Calcutta medical institutions reports 1871-78
Year: 1871
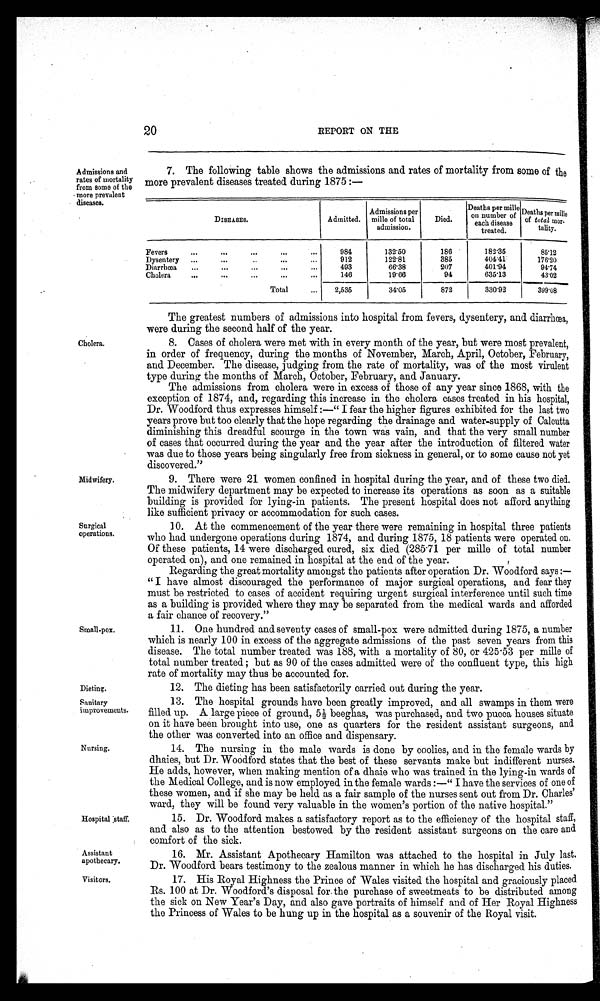
Hospital staff.
Assistant
apothecary.
Visitors.
20
REPORT ON THE
Admissions and
rates of mortality
from some of the
more prevalent
diseases.
Cholera.
Midwifery.
Surgical
operations.
Small-pox.
7. The following table shows the admissions and rates of mortality from some of the
more prevalent diseases treated during 1875:—
DISEASES.
Admitted.
Admissions per
mille of total
admission.
Died.
Deaths per mille
on number of
each diseas
e treated.
Deaths per mille
of total mor-
tality.
Fevers
984
132. 50
186
182. 35
8 5 . 1 2
Dysentery
912
122. 81
385
404. 41
1 7 6 . 2 0
Diarrhœa
493
66. 38
207
401.94
9 4 . 7 4
Cholera
146
19.66
94
635.13
4 3 . 0 2
Total
2,535
34. 05
872
330. 92
3 9 9 . 0 8
The greatest numbers of admissions into hospital from fevers, dysentery, and diarrhœa,
were during the second half of the year.
8. Cases of cholera were met with in every month of the year, but were most prevalent,
in order of frequency, during the months of November, March, April, October, February,
and December. The disease, judging from the rate of mortality, was of the most virulent
type during the months of March, October, February, and January.
The admissions from cholera were in excess of those of any year since 1868, with the
exception of 1874, and, regarding this increase in the cholera cases treated in his hospital,
Dr. Woodford thus expresses himself:—"I fear the higher figures exhibited for the last two
years prove but too clearly that the hope regarding the drainage and water-supply of Calcutta
diminishing this dreadful scourge in the town was vain, and that the very small number
of cases that occurred during the year and the year after the introduction of filtered water
was due to those years being singularly free from sickness in general, or to some cause not yet
discovered."
9. There were 21 women confined in hospital during the year, and of these two died.
The midwifery department may be expected to increase its operations as soon as a suitable
building is provided for lying-in patients. The present hospital does not afford anything
like sufficient privacy or accommodation for such cases.
10. At the commencement of the year there were remaining in hospital three patients
who had undergone operations during 1874, and during 1875, 18 patients were operated on.
Of these patients, 14 were discharged cured, six died (285.71 per mille of total number
operated on), and one remained in hospital at the end of the year.
Regarding the great mortality amongst the patients after operation Dr. Woodford says
: — " I h a v e a l m o s t d i s c o u r a g e d t h e p e r f o r m a n c e o f m a j o r s u r g i c a l o p e r a t i o n s , a n d f e a r t h e y
must be restricted to cases of accident requiring urgent surgical interference until such time
as a building is provided where they may be separated from the medical wards and afforded
a fair chance of recovery."
11. One hundred and seventy cases of small-pox were admitted during 1875, a number
which is nearly 100 in excess of the aggregate admissions of the past seven years from this
disease. The total number treated was 188, with a mortality of 80, or 425.53 per mille of
total number treated; but as 90 of the cases admitted were of the confluent type, this high
rate of mortality may thus be accounted for.
Dieting.
12. The dieting has been satisfactorily carried out during the year.
Sanitary
improvements.
Nursing.
13. The hospital grounds have been greatly improved, and all swamps in them were
fi l l ed up. A l arge pi ece of ground, 5½ beeghas, was purchased, and two pucca houses si tuate
on it have been brought into use, one as quarters for the resident assistant surgeons, and
the other was converted into an office and dispensary.
14. The nursing in the male wards is done by coolies, and in the female wards by
dhaies, but Dr. Woodford states that the best of these servants make but indifferent nurses.
He adds, however, when making mention of a dhaie who was trained in the lying-in wards of
the Medical College, and is now employed in the female wards:—"I have the services of one of
these women, and if she may be held as a fair sample of the nurses sent out from Dr. Charles'
ward, they will be found very valuable in the women's portion of the native hospital."
15. Dr. Woodford makes a satisfactory report as to the efficiency of the hospital staff,
and also as to the attention bestowed by the resident assistant surgeons on the care and
comfort of the sick.
16. Mr. Assistant Apothecary Hamilton was attached to the hospital in July last.
Dr. Woodford bears testimony to the zealous manner in which he has discharged his duties.
17. His Royal Highness the Prince of Wales visited the hospital and graciously placed
Rs. 100 at Dr. Woodford's disposal for the purchase of sweetmeats to be distributed among
the sick on New Year's Day, and also gave portraits of himself and of Her Royal Highness
the Princess of Wales to be hung up in the hospital as a souvenir of the Royal visit.